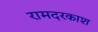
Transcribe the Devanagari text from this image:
रामदरकाश